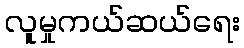
လူမှုကယ်ဆယ်ရေး